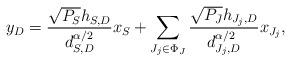
LaTeX: \begin{align*}y_D=\frac{\sqrt{P_S} h_{S,D}}{d_{S,D}^{\alpha/2}} x_S + \sum_{J_j \in \Phi_J}\frac{ \sqrt{P_{\bar{J}}} h_{J_j,D}}{d_{J_j,D}^{\alpha/2}}x_{J_j}, \end{align*}